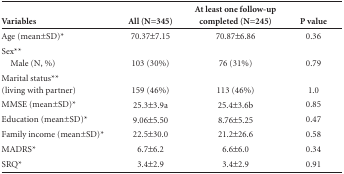
<table><thead><tr><td><b>Variables</b></td><td><b>All (N=345)</b></td><td><b>At least one follow-up completed (N=245)</b></td><td><b>P value</b></td></tr></thead><tbody><tr><td>Age (mean±SD)*</td><td>70.37±7.15</td><td>70.87±6.86</td><td>0.36</td></tr><tr><td>Sex**</td><td> </td><td> </td><td> </td></tr><tr><td>Male (N, %)</td><td>103 (30%)</td><td>76 (31%)</td><td>0.79</td></tr><tr><td>Marital status**(living with partner)</td><td>159 (46%)</td><td>113 (46%)</td><td>1.0</td></tr><tr><td>MMSE (mean±SD)*</td><td>25.3±3.9a</td><td>25.4±3.6b</td><td>0.85</td></tr><tr><td>Education (mean±SD)*</td><td>9.06±5.50</td><td>8.76±5.25</td><td>0.47</td></tr><tr><td>Family income (mean±SD)*</td><td>22.5±30.0</td><td>21.2±26.6</td><td>0.58</td></tr><tr><td>MADRS*</td><td>6.7±6.2</td><td>6.6±6.0</td><td>0.34</td></tr><tr><td>SRQ*</td><td>3.4±2.9</td><td>3.4±2.9</td><td>0.91</td></tr></tbody></table>